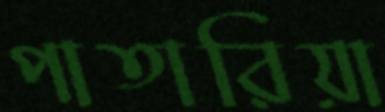
পাতারিয়া